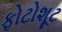
ફોટોશૂટ